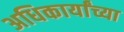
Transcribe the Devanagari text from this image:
अधिकार्यांच्या